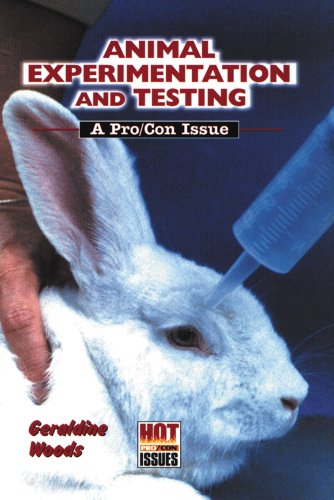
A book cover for Animal Experimentation and Testing (Hot Pro/Con Issues); Geraldine Woods; Teen & Young Adult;